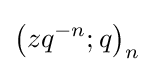
\left(zq^{-n};q\right)_{n}